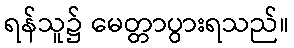
ရန်သူ၌ မေတ္တာပွားရသည်။